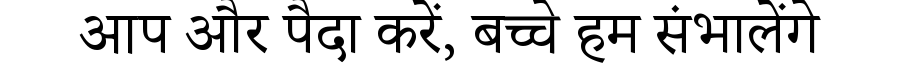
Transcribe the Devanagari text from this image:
आप और पैदा करें, बच्चे हम संभालेंगे